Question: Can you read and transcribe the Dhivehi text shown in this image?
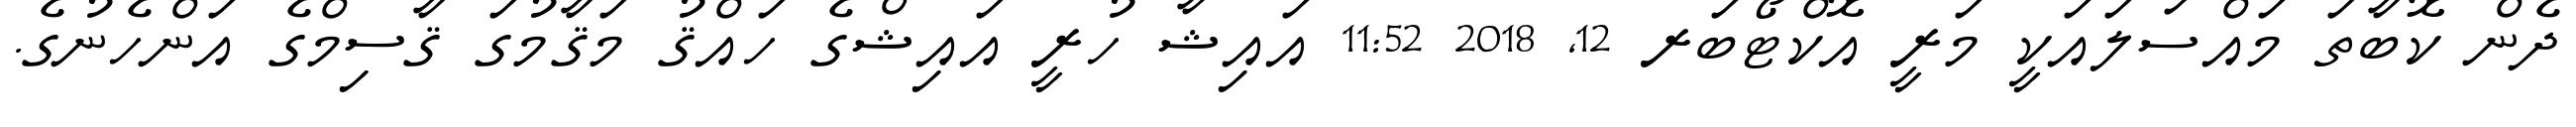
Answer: ދެން ކޮބާތަ މައްސަލައަކީ މަރީ އޮކްޓޯބަރ 12, 2018 11:52 އައިޝާ ހުރީ އައިޝްގެ ހައްޤު މަޤާމުގަ ޤާސިމްގެ އަންހެނުގެ.